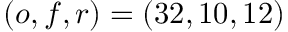
\left( o , f , r \right) = \left( 3 2 , 1 0 , 1 2 \right)